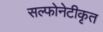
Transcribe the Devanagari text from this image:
सल्फोनेटीकृत